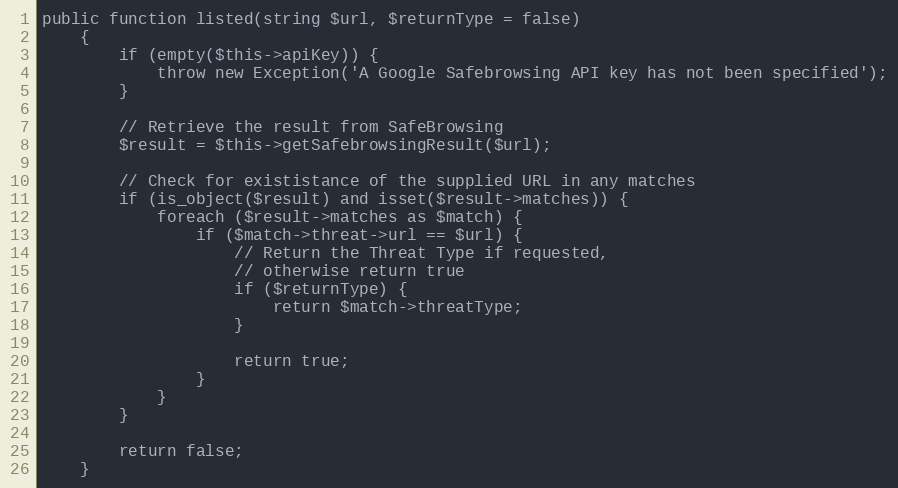
Language: PHP
public function listed(string $url, $returnType = false)
    {
        if (empty($this->apiKey)) {
            throw new Exception('A Google Safebrowsing API key has not been specified');
        }

        // Retrieve the result from SafeBrowsing
        $result = $this->getSafebrowsingResult($url);

        // Check for exististance of the supplied URL in any matches
        if (is_object($result) and isset($result->matches)) {
            foreach ($result->matches as $match) {
                if ($match->threat->url == $url) {
                    // Return the Threat Type if requested,
                    // otherwise return true
                    if ($returnType) {
                        return $match->threatType;
                    }

                    return true;
                }
            }
        }

        return false;
    }